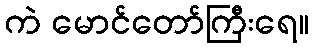
ကဲ မောင်တော်ကြီးရေ။